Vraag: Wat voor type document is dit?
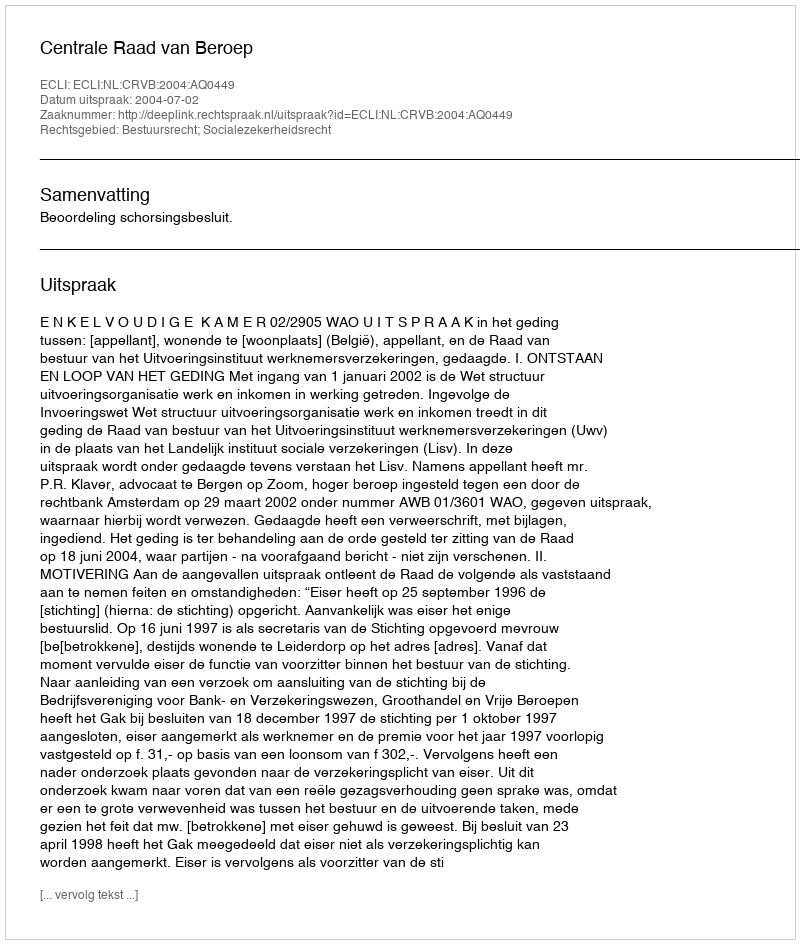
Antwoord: Uitspraak